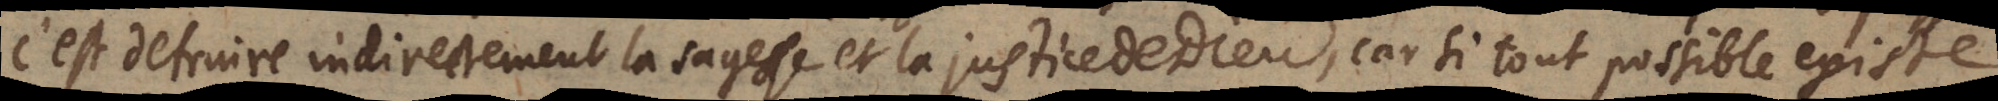
c’est detruire indirectement la sagesse et la justice de Dieu, car si tout possible existe